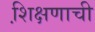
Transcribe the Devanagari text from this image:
शि़क्षणाची